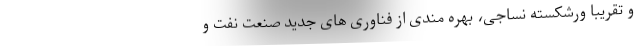
و تقریباً ورشکسته نساجی، بهره مندی از فناوری های جدید صنعت نفت و